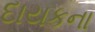
દાયકના